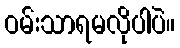
ဝမ်းသာရမလိုပါပဲ။